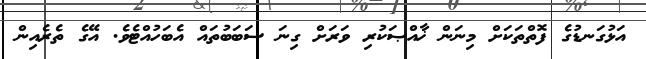
އަޅުގަނޑުގެ ފޮތްތަކަށް މިނަން ޚާއްޞަކުރި ވަރަށް ގިނަ ސަބަބުތައް އެބަހުއްޓެވެ. އޭގެ ތެރެއިން